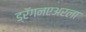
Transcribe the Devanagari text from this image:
ड्रॅगनएअरला